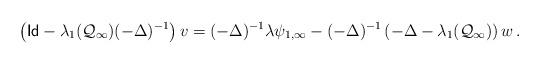
LaTeX: \begin{align*} \left(\mathsf{Id} - \lambda_{1}(\mathcal{Q}_\infty)(-\Delta)^{-1}\right)v = (-\Delta)^{-1}\lambda\psi_{1,\infty} - (-\Delta)^{-1}\left(-\Delta - \lambda_{1}(\mathcal{Q}_\infty)\right)w\,. \end{align*}